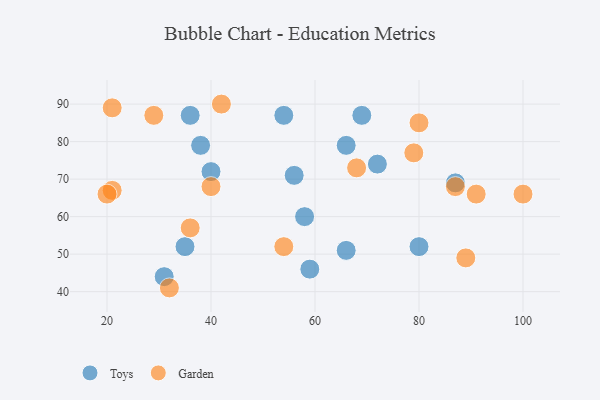
{"axis": {"x": "GDP", "y": "Life Expectancy"}, "legend": ["Garden", "Toys"], "data": [{"x": "36", "y": 87, "type": "Toys"}, {"x": "72", "y": 74, "type": "Toys"}, {"x": "80", "y": 52, "type": "Toys"}, {"x": "58", "y": 60, "type": "Toys"}, {"x": "56", "y": 71, "type": "Toys"}, {"x": "35", "y": 52, "type": "Toys"}, {"x": "66", "y": 79, "type": "Toys"}, {"x": "59", "y": 46, "type": "Toys"}, {"x": "66", "y": 51, "type": "Toys"}, {"x": "40", "y": 72, "type": "Toys"}, {"x": "31", "y": 44, "type": "Toys"}, {"x": "38", "y": 79, "type": "Toys"}, {"x": "54", "y": 87, "type": "Toys"}, {"x": "87", "y": 69, "type": "Toys"}, {"x": "69", "y": 87, "type": "Toys"}, {"x": "87", "y": 68, "type": "Garden"}, {"x": "36", "y": 57, "type": "Garden"}, {"x": "40", "y": 68, "type": "Garden"}, {"x": "89", "y": 49, "type": "Garden"}, {"x": "80", "y": 85, "type": "Garden"}, {"x": "21", "y": 67, "type": "Garden"}, {"x": "91", "y": 66, "type": "Garden"}, {"x": "29", "y": 87, "type": "Garden"}, {"x": "68", "y": 73, "type": "Garden"}, {"x": "100", "y": 66, "type": "Garden"}, {"x": "21", "y": 89, "type": "Garden"}, {"x": "32", "y": 41, "type": "Garden"}, {"x": "54", "y": 52, "type": "Garden"}, {"x": "42", "y": 90, "type": "Garden"}, {"x": "79", "y": 77, "type": "Garden"}, {"x": "20", "y": 66, "type": "Garden"}]}